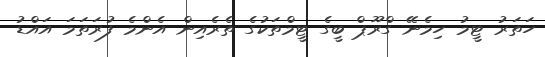
ހަތަރު ޓީމު ހިމެނޭ ގްރޫޕް ބީގެ ޓީމްތަކުގެ ތެރެއިން އެންމެ ފުރަތަމަ އައްޑު